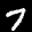
Label: 7